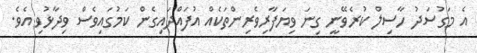
އެ މަގުސަދު ހާސިލް ކުރެވޭނީ ގިނަ ވިޔަފާރިވެރިންތަކެއް އުފައްދައިގެން ކަމުގައިވެސް ވިދާޅުވި އެވެ.